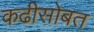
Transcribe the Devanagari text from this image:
कढीसोबत